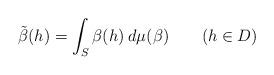
LaTeX: \begin{align*}\tilde\beta(h)=\int_S \beta(h)\> d\mu(\beta) \quad\quad(h\in D)\end{align*}